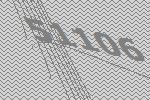
51106